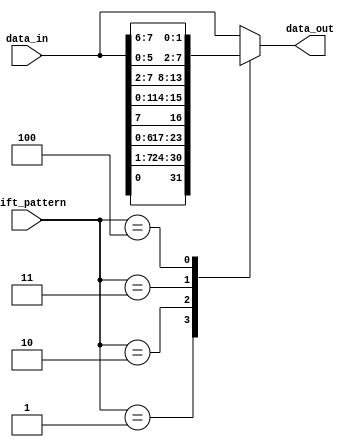
module SparseBarrelShifter(
    input wire [7:0] data_in,
    input wire [2:0] shift_pattern,
    output reg [7:0] data_out
);

always @(*)
begin
    case(shift_pattern)
        3'b000: data_out <= data_in; //no shifting
        3'b001: data_out <= {data_in[0], data_in[7:1]}; //shift right by 1
        3'b010: data_out <= {data_in[6:0], data_in[7]}; //shift left by 1
        3'b011: data_out <= {data_in[1], data_in[0], data_in[7:2]}; //shift right by 2
        3'b100: data_out <= {data_in[5:0], data_in[7:6]}; //shift left by 2
        //add more cases for different shifting patterns
        
        default: data_out <= data_in;
    endcase
end

endmodule